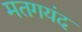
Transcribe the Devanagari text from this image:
मतगयंद